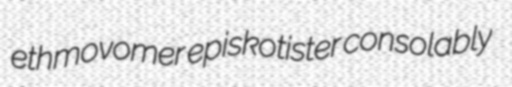
ethmovomer episkotister consolably